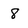
Character: 8